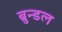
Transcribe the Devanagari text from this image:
ब्रुन्डल